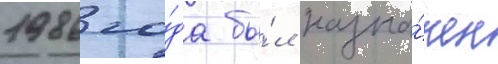
1986 го́да бы́л назна́чен